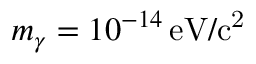
m _ { \gamma } = 1 0 ^ { - 1 4 } \, \mathrm { e V / c ^ { 2 } }